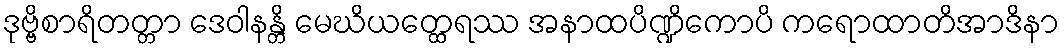
ဒုဗ္ဗိစာရိတတ္တာ ဒေဝါနန္တိ မေဃိယတ္ထေရဿ အနာထပိဏ္ဍိကောပိ ကရောထာတိအာဒိနာ